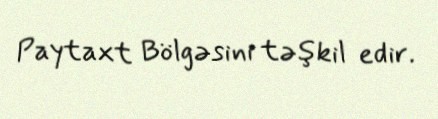
Paytaxt Bölgəsini təşkil edir.